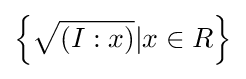
\left\{{\sqrt {(I:x)}}|x\in R\right\}